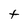
Character: t